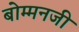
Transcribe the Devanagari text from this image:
बोम्मनजी